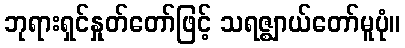
ဘုရားရှင်နှုတ်တော်ဖြင့် သရဇ္ဈာယ်တော်မူပုံ။